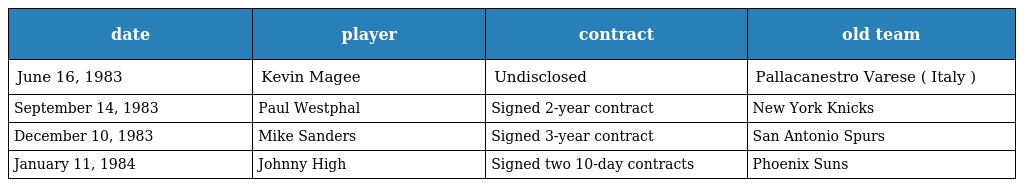
| date | player | contract | old team |
 | --- | --- | --- | --- |
 | June 16, 1983 | Kevin Magee | Undisclosed | Pallacanestro Varese ( Italy ) |
 | September 14, 1983 | Paul Westphal | Signed 2-year contract | New York Knicks |
 | December 10, 1983 | Mike Sanders | Signed 3-year contract | San Antonio Spurs |
 | January 11, 1984 | Johnny High | Signed two 10-day contracts | Phoenix Suns |